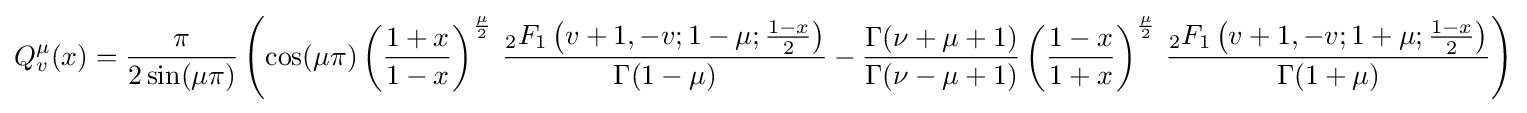
Q_{v}^{\mu }(x)={\frac {\pi }{2\sin(\mu \pi )}}\left(\cos(\mu \pi )\left({\frac {1+x}{1-x}}\right)^{\frac {\mu }{2}}\,{\frac {{}_{2}F_{1}\left(v+1,-v;1-\mu ;{\frac {1-x}{2}}\right)}{\Gamma (1-\mu )}}-{\frac {\Gamma (\nu +\mu +1)}{\Gamma (\nu -\mu +1)}}\left({\frac {1-x}{1+x}}\right)^{\frac {\mu }{2}}\,{\frac {{}_{2}F_{1}\left(v+1,-v;1+\mu ;{\frac {1-x}{2}}\right)}{\Gamma (1+\mu )}}\right)